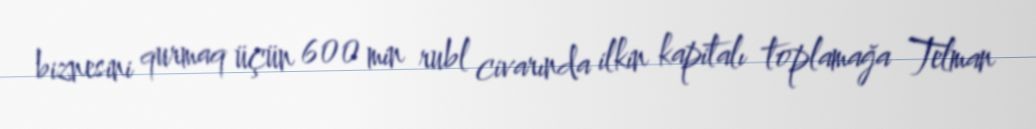
biznesini qurmaq üçün 600 min rubl civarında ilkin kapitalı toplamağa Telman